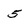
Character: 5